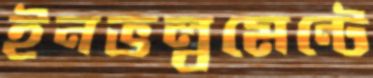
ইনভল্বমেন্টে